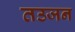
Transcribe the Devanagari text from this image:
तउजन